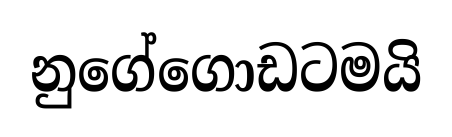
නුගේගොඩටමයි